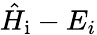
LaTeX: \hat{H}_{\mathrm{i}}-E_{i}